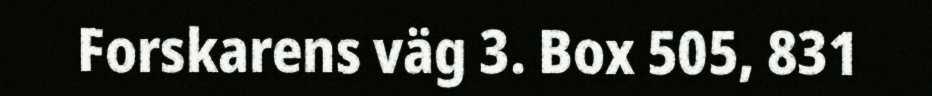
Forskarens väg 3. Box 505, 831